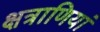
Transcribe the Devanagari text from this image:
क्षत्राणियां